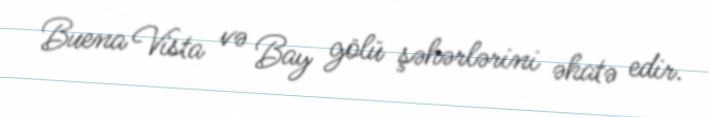
Buena Vista və Bay gölü şəhərlərini əhatə edir.